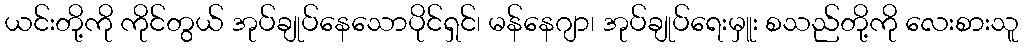
ယင်းတို့ကို ကိုင်တွယ် အုပ်ချုပ်နေသောပိုင်ရှင်၊ မန်နေဂျာ၊ အုပ်ချုပ်ရေးမှူး စသည်တို့ကို လေးစားသူ